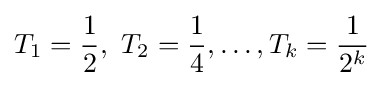
T_{1}={\frac {1}{2}},\ T_{2}={\frac {1}{4}},\dots ,T_{k}={\frac {1}{2^{k}}}